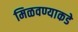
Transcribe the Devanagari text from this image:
मिळवण्याकडे